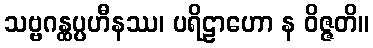
သဗ္ဗဂန္ထပ္ပဟီနဿ၊ ပရိဠာဟော န ဝိဇ္ဇတိ။